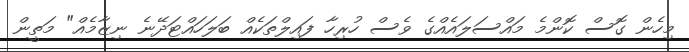
މިހެން ގޮސް ކޮންމެ މައްސަލައެއްގެ ވެސް ހުރިހާ ފައިލްތަކެއް ބަލަހައްޓަދޭނެ ނިޒާމެއް" މަތީން